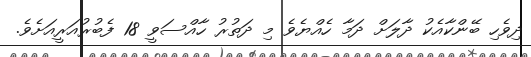
ދިވެހި ބޭންކާއެކު ދާލަށް ދަމާ ހެއްޔެވެ މި ދަތުރު ހާއްސަވީ 18 ފެބުރުއަރީއަށެވެ.